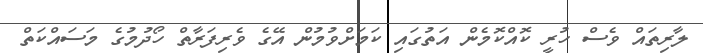
ލާރިތައް ވެސް ހުރީ ކޮއްކޮމެން އަތުގައި ކަމަށްވުމުން އޭގެ ވެރިފަރާތް ހޯދުމުގެ މަސައްކަތް